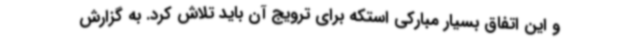
و این اتفاق بسیار مبارکی استکه برای ترویج آن باید تلاش کرد. به گزارش